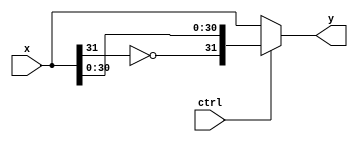
module fp_inv (x,ctrl,y);
    input [31:0] x;
    input ctrl;
    output [31:0] y;

    assign y = ctrl ? {~x[31],x[30:0]} : x;

endmodule